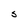
Character: S